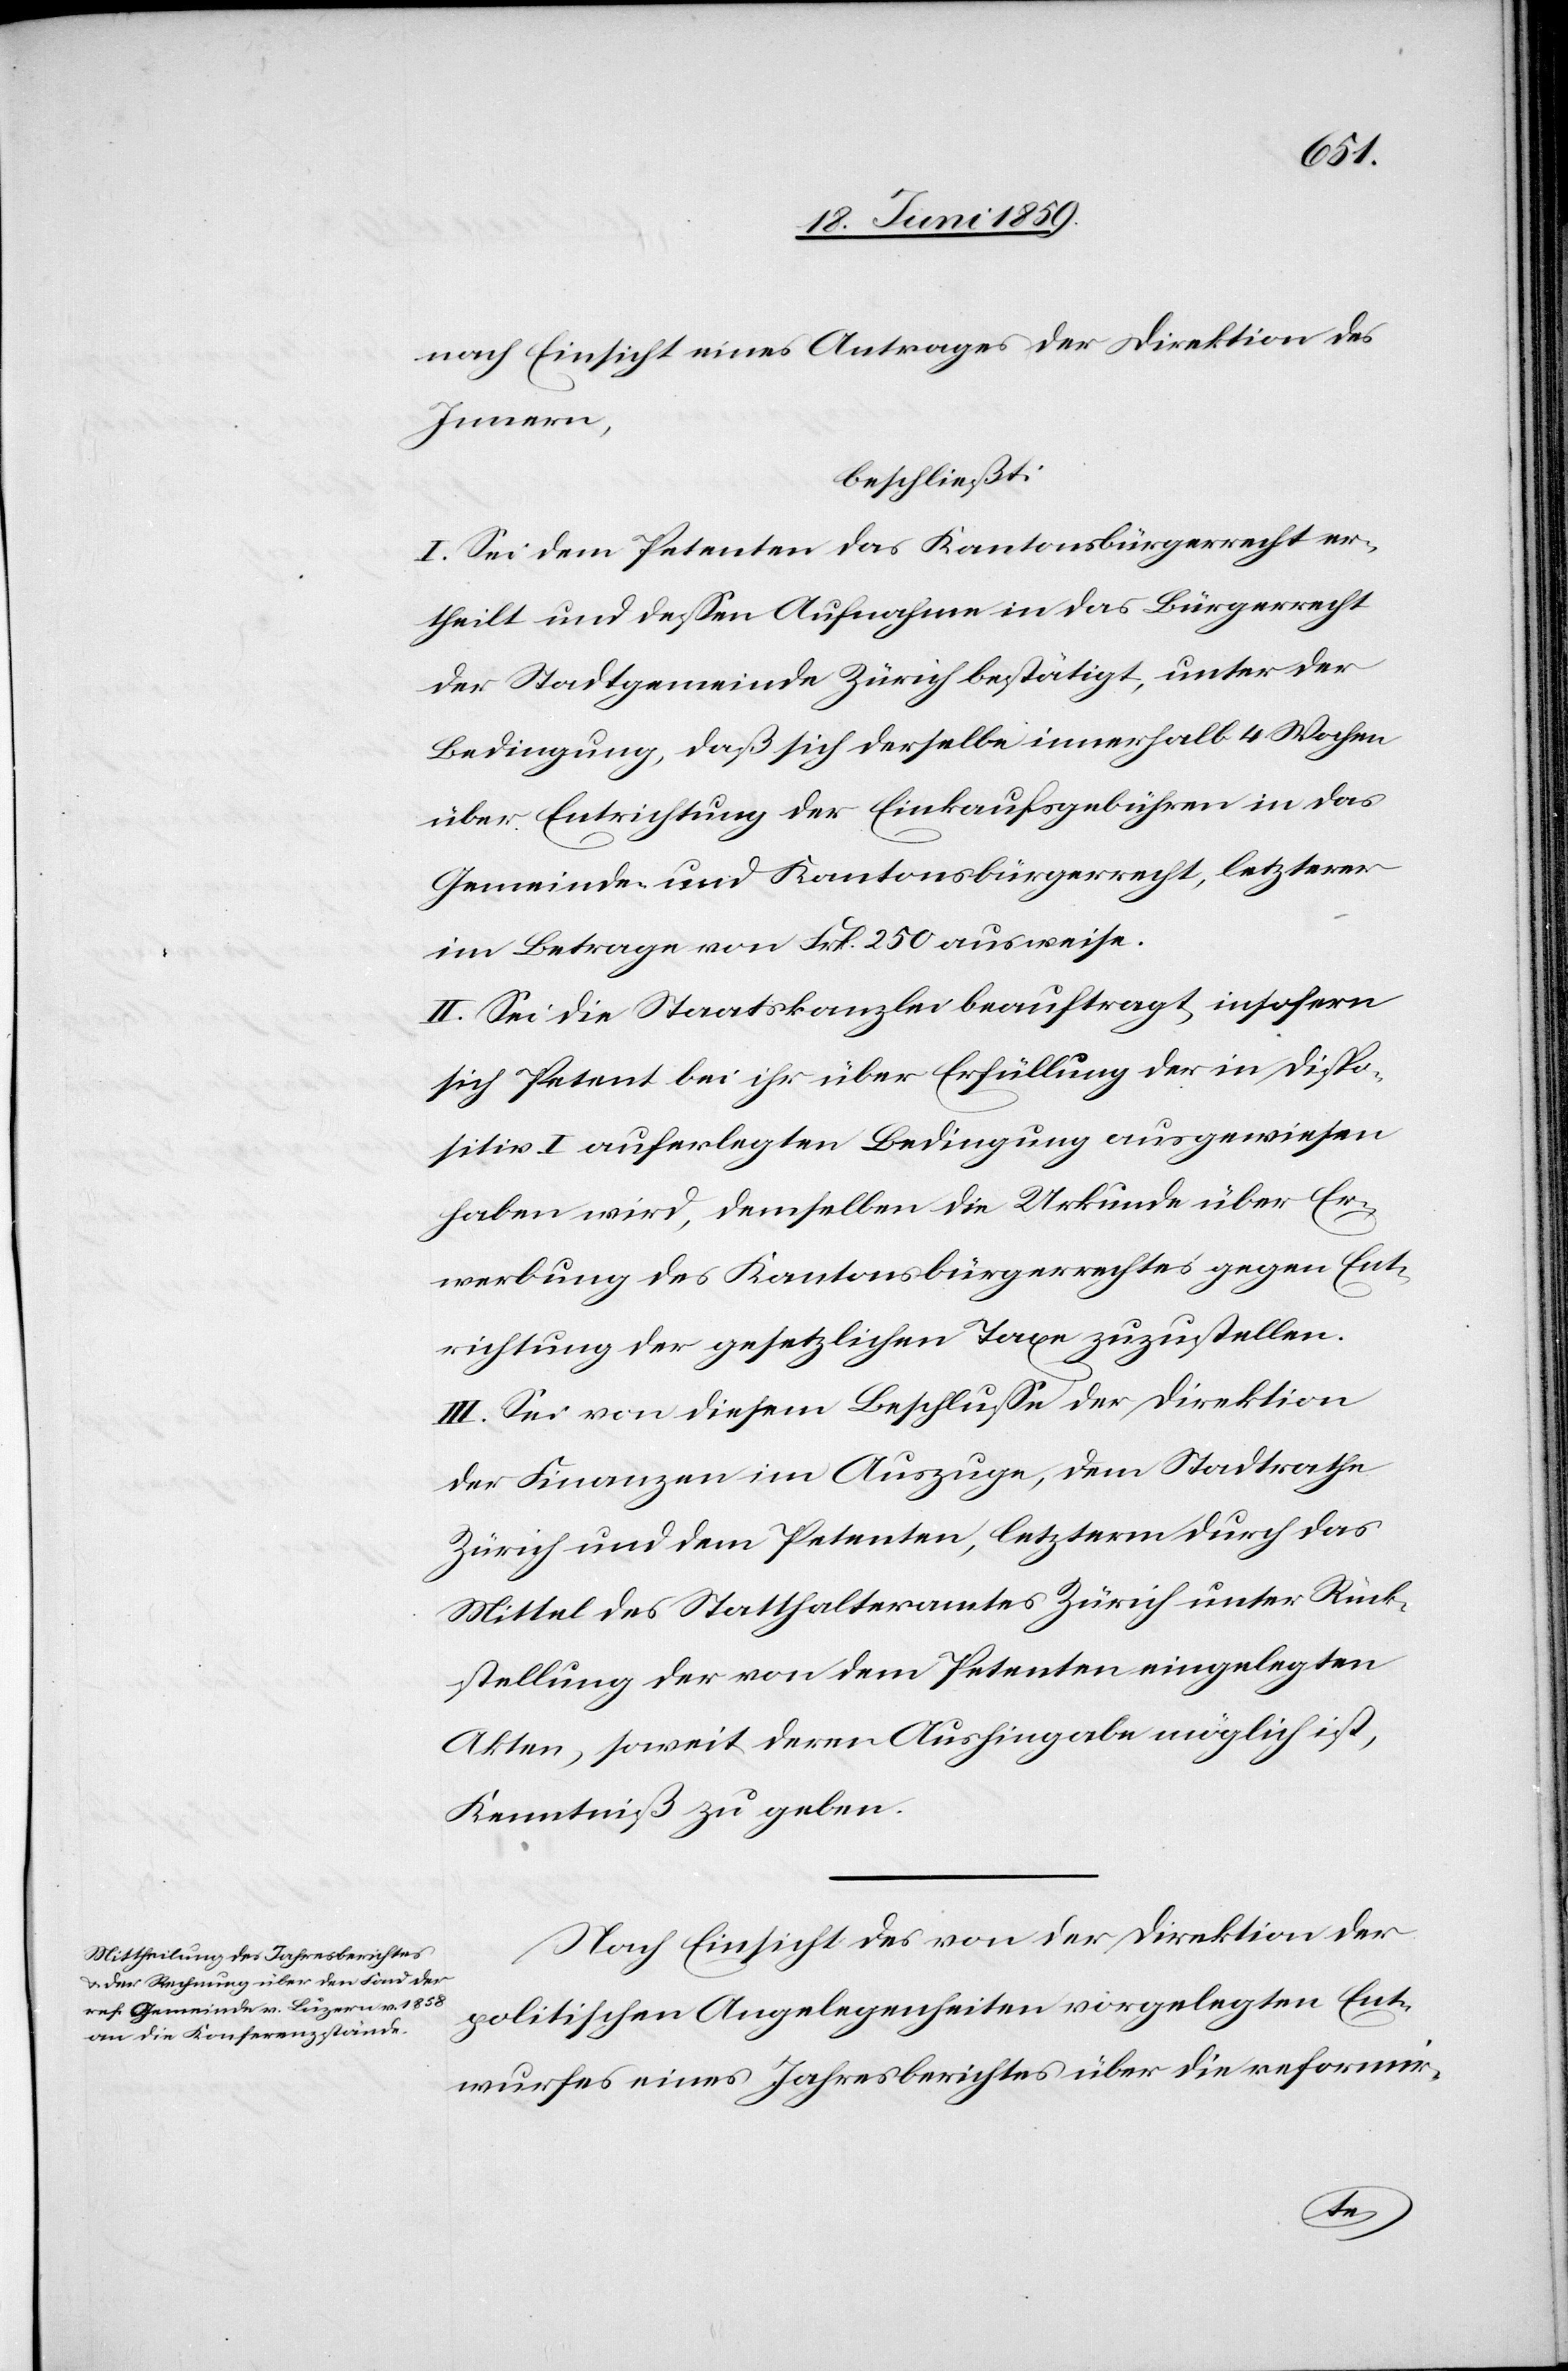
nach Einsicht eines Antrages der Direktion des
Innern,
beschließt:
I. Sei dem Petenten das Kantonsbürgerrecht er¬
theilt und dessen Aufnahme in das Bürgerrecht
der Stadtgemeinde Zürich bestätigt, unter der
Bedingung, daß sich derselbe innerhalb 4 Wochen
über Entrichtung der Einkaufsgebühren in das
Gemeinde- und Kantonsbürgerrecht, letzteres
im Betrage von Frk. 250 ausweise.
II. Sei die Staatskanzlei beauftragt insofern
sich Petent bei ihr über Erfüllung der in Dispo¬
sitiv I auferlegten Bedingung ausgewiesen
haben wird, demselben die Urkunde über Er¬
werbung des Kantonsbürgerrechtes gegen Ent¬
richtung der gesetzlichen Taxe zuzustellen.
III. Sei von diesem Beschlusse der Direktion
der Finanzen im Auszuge, dem Stadtrathe
Zürich und dem Petenten, letzterm durch das
Mittel des Statthalteramtes Zürich unter Rück¬
stellung der von dem Petenten eingelegten
Akten, soweit deren Aushingabe möglich ist,
Kenntniß zu geben.
Nach Einsicht des von der Direktion der
politischen Angelegenheiten vorgelegten Ent¬
wurfes eines Jahresberichtes über die reformir-